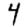
Digit: 4